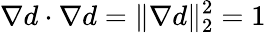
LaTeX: \nabla d\cdot\nabla d=\| \nabla d\| _{2}^{2}=1